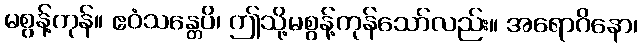
မစွန့်ကုန်။ ဧဝံသန္တေပိ၊ ဤသို့မစွန့်ကုန်သော်လည်း။ အရောဂိနော၊